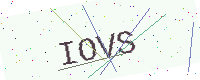
Text: IOVS